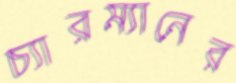
চ্যারম্যানের